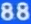
88